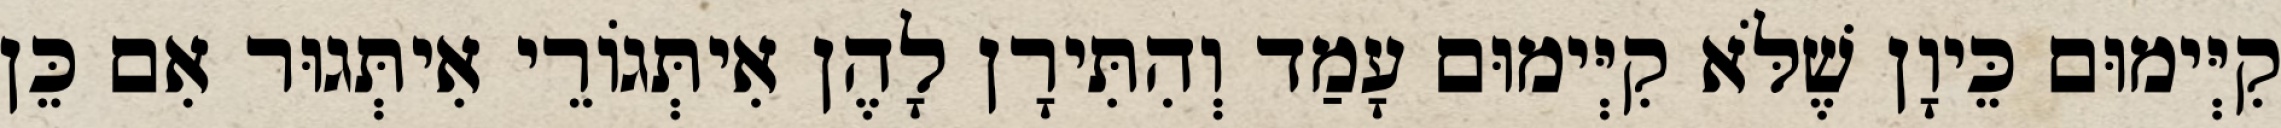
קִיְּימוּם כֵּיוָן שֶׁלֹּא קִיְּימוּם עָמַד וְהִתִּירָן לָהֶן אִיתְּגוֹרֵי אִיתְּגוּר אִם כֵּן